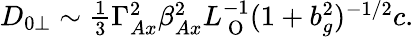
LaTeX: \begin{array}{r}{D_{0\perp}\sim\frac{1}{3}\Gamma_{Ax}^{2}\beta_{Ax}^{2}L_{\mathrm{~O~}}^{-1}(1+b_{g}^{2})^{-1/2}c.}\end{array}